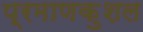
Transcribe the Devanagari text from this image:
प्रमाणकुशल